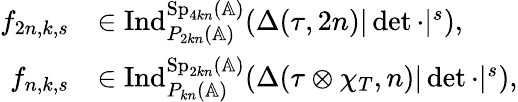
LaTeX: \begin{array}{rl}{f_{2n,k,s}}&{\in\mathrm{Ind}_{P_{2kn}(\mathbb{A})}^{\mathrm{Sp}_{4kn}(\mathbb{A})}(\Delta(\tau,2n)|\operatorname*{det}\cdot|^{s}),}\\ {f_{n,k,s}}&{\in\mathrm{Ind}_{P_{kn}(\mathbb{A})}^{\mathrm{Sp}_{2kn}(\mathbb{A})}(\Delta(\tau\otimes\chi_{T},n)|\operatorname*{det}\cdot|^{s}),}\end{array}